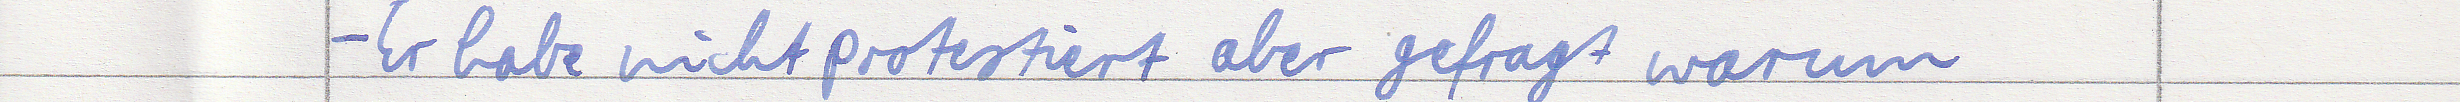
- Er habe nicht protestiert aber gefragt warum